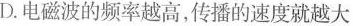
D.电磁波的频率越高，传播的速度就越大